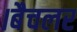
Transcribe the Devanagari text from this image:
।बैचलर